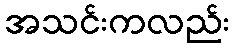
အသင်းကလည်း